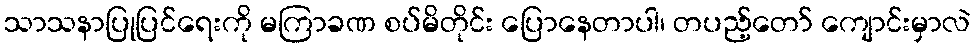
သာသနာပြုပြင်ရေးကို မကြာခဏ စပ်မိတိုင်း ပြောနေတာပါ၊ တပည့်တော် ကျောင်းမှာလဲ